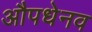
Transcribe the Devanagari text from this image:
औपधेनव